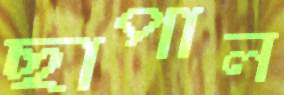
ছাপাল